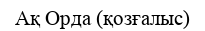
Ақ Орда (қозғалыс)